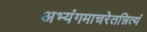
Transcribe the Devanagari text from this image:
अभ्यंगमाचरेतन्नित्यं